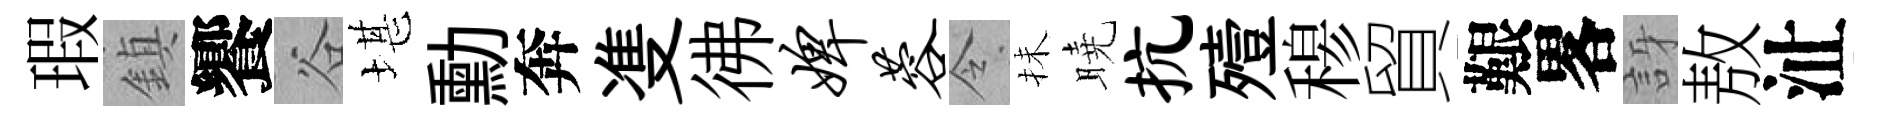
瑕鎮饗谷堪勳奔㕠彿婢蓉令抺曉抗殪𥠇貿艱畧訝敖沚